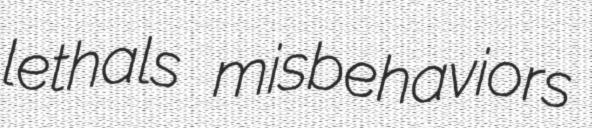
lethals misbehaviors